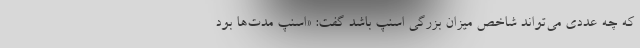
که چه عددی می‌تواند شاخص میزان بزرگی اسنپ باشد گفت: «اسنپ مدت‌ها بود